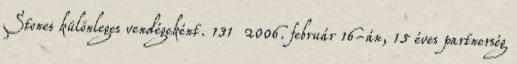
Stones különleges vendégeként. 131 2006. február 16-án, 15 éves partnerség